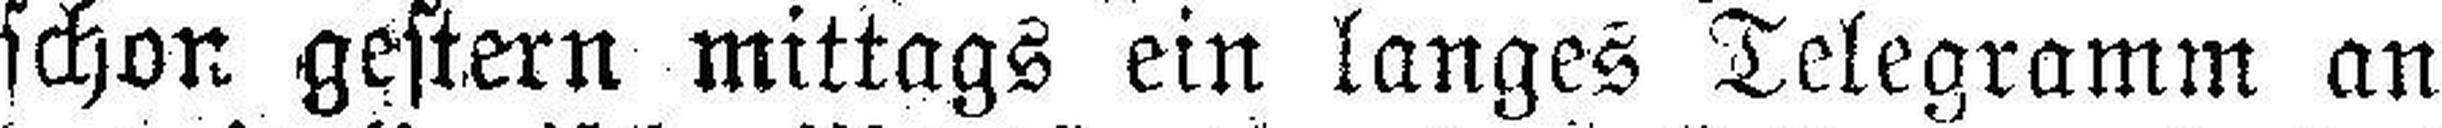
schon gestern mittags ein langes Telegramm an